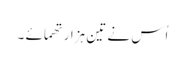
اُس نے تین ہزار تھمائے ۔